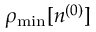
\rho _ { \mathrm { m i n } } [ n ^ { ( 0 ) } ]